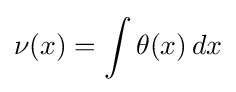
\nu (x)=\int \theta (x)\,dx